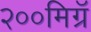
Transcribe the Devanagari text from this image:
२००मिग्रॅ